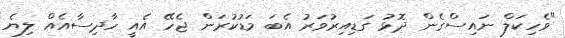
"ވެހިކަލް ނައިސްގެން ދޮޅު ގަޑިއިރުވަރު އެބަ މަޑުކުރަން ޖެހޭ އެއީ ހާދިސާއެއް ލިޔެ